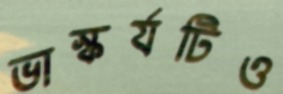
ভাস্কর্যটিও